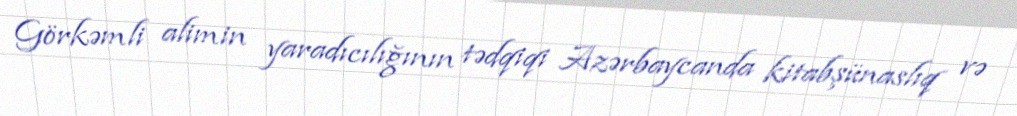
Görkəmli alimin yaradıcılığının tədqiqi Azərbaycanda kitabşünaslıq və